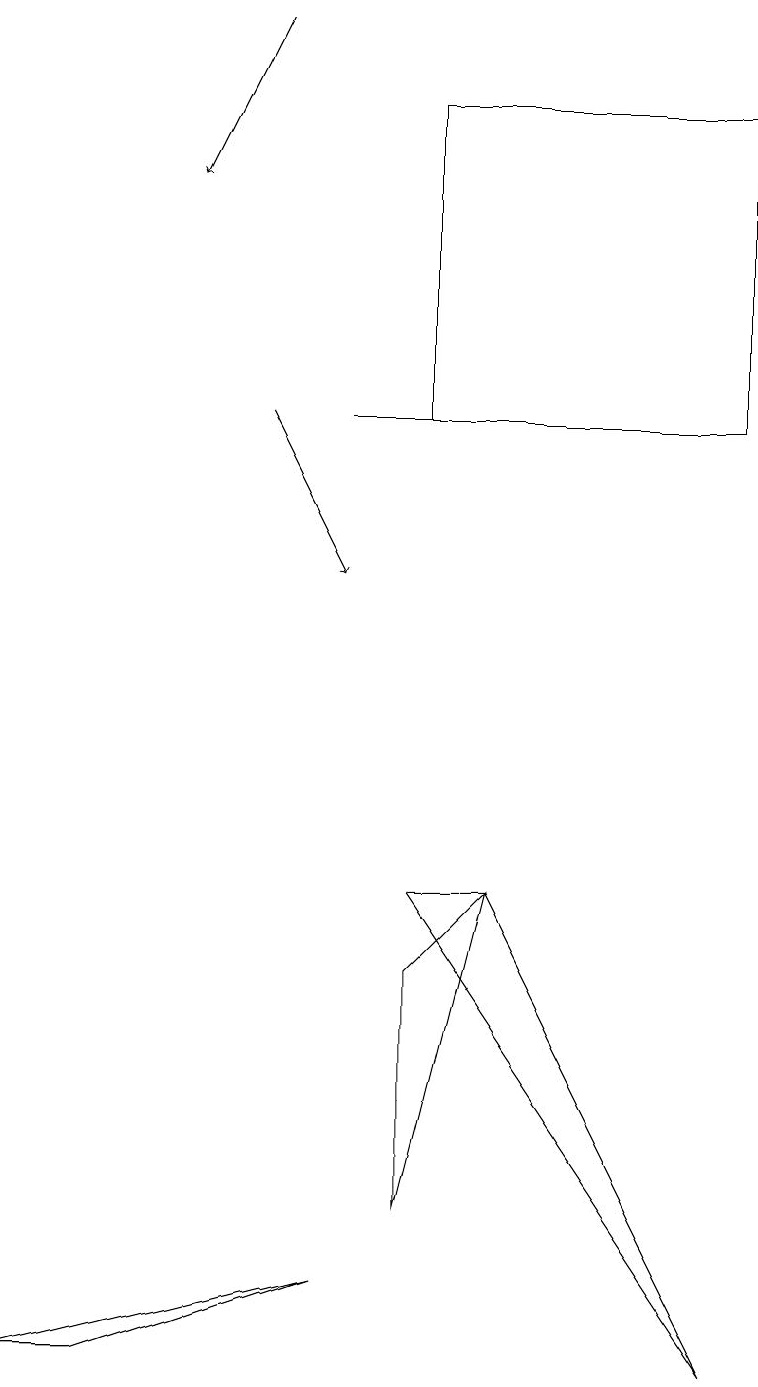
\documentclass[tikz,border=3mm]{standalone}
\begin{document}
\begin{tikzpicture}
\draw (1,1) -- (0,1) -- (4,2) -- cycle;
\draw[->] (3,18) -- (2,16);
\draw (7,13) rectangle (4,13);
\draw (6,7) -- (5,6) -- (5,3) -- cycle;
\draw (5,13) rectangle (9,17);
\draw (5,7) -- (9,1) -- (6,7) -- cycle;
\draw[->] (3,13) -- (4,11);
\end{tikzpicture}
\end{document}